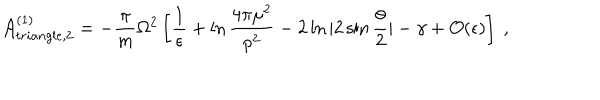
{ \cal A } _ { t r i a n g l e , 2 } ^ { ( 1 ) } = - { \frac { \pi } { m } } \Omega ^ { 2 } \left[ { \frac { 1 } { \epsilon } } + \ln { \frac { 4 \pi \mu ^ { 2 } } { p ^ { 2 } } } - 2 \ln | 2 \sin { \frac { \theta } { 2 } } | - \gamma + { \cal O } ( \epsilon ) \right] \ ,